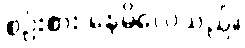
စဉ်းစား နေမိလေသည်။